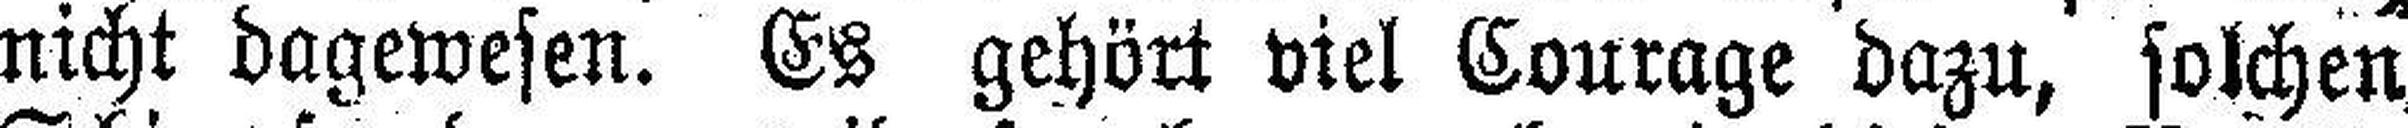
nicht dagewesen. Es gehört viel Courage dazu, solchen